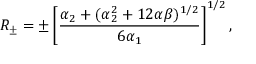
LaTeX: R _ { \pm } = \pm \left[ \frac { \alpha _ { 2 } + ( \alpha _ { 2 } ^ { 2 } + 1 2 \alpha \beta ) ^ { 1 / 2 } } { 6 \alpha _ { 1 } } \right] ^ { 1 / 2 } ,